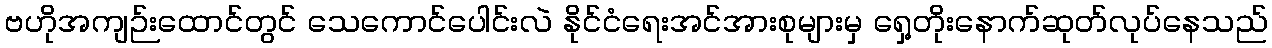
ဗဟိုအကျဉ်းထောင်တွင် သေကောင်ပေါင်းလဲ နိုင်ငံရေးအင်အားစုများမှ ရှေ့တိုးနောက်ဆုတ်လုပ်နေသည်